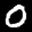
Label: 0